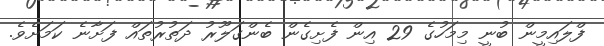
ފްލައިމީން ބުނީ މިމަހުގެ 29 އިން ފެށިގެން ބެންގަލޫރު ދަތުރުތައް ފަށާނެ ކަމަށެވެ.